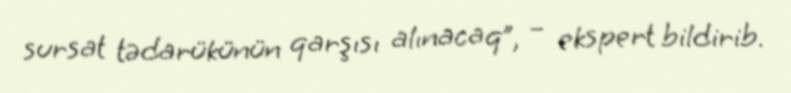
sursat tədarükünün qarşısı alınacaq”, – ekspert bildirib.